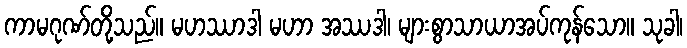
ကာမဂုဏ်တို့သည်။ မဟဿာဒါ မဟာ အဿဒါ၊ များစွာသာယာအပ်ကုန်သော။ သုခါ၊